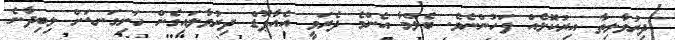
ދިރުވާލިތާ އިރުކޮޅެއް ފަހުންނެވެ. ބެލްމާ އެންމެ ދެރަވީ އެއާޕޮޑް ދިރުވާލައިގެން ހަށިގަނޑަށް ލިބިދާނެ